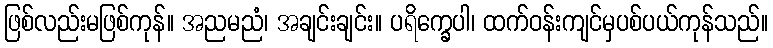
ဖြစ်လည်းမဖြစ်ကုန်။ အညမညံ၊ အချင်းချင်း။ ပရိက္ခေပါ၊ ထက်ဝန်းကျင်မှပစ်ပယ်ကုန်သည်။